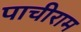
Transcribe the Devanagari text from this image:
पाचीराम